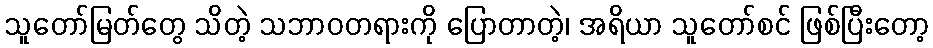
သူတော်မြတ်တွေ သိတဲ့ သဘာဝတရားကို ပြောတာတဲ့၊ အရိယာ သူတော်စင် ဖြစ်ပြီးတော့